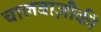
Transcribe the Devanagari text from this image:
चालबाज़ीकी